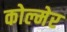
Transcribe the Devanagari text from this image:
कोल्मेर